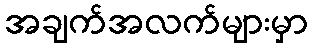
အချက်အလက်များမှာ